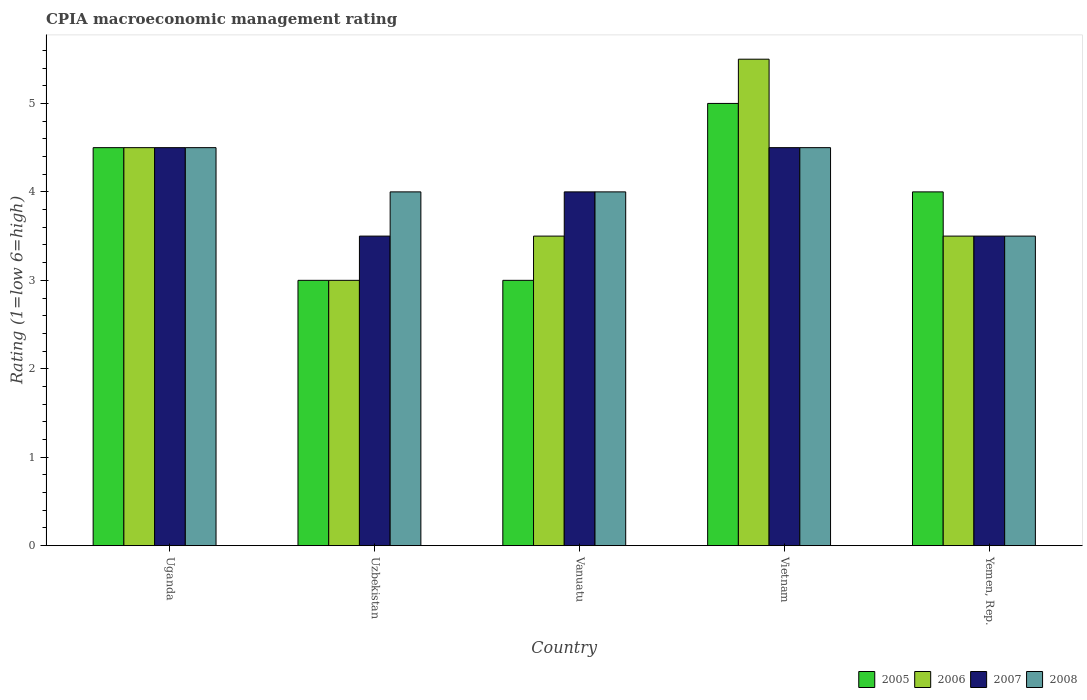
| Country | 2005 | 2006 | 2007 | 2008 |
 | --- | --- | --- | --- | --- |
 | Uganda | 4.5 | 4.5 | 4.5 | 4.5 |
 | Uzbekistan | 3 | 3 | 3.5 | 4 |
 | Vanuatu | 3 | 3.5 | 4 | 4 |
 | Vietnam | 5 | 5.5 | 4.5 | 4.5 |
 | Yemen, Rep. | 4 | 3.5 | 3.5 | 3.5 |